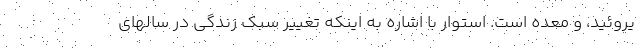
یروئید، و معده است. استوار با اشاره به اینکه تغییر سبک زندگی در سالهای